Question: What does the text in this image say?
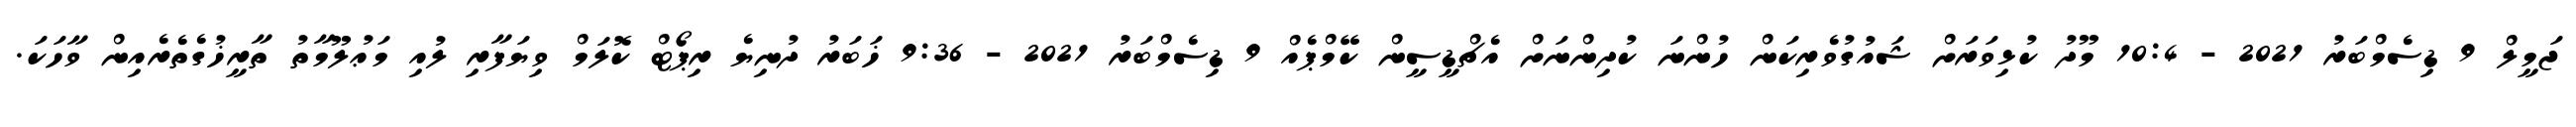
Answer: ޖަމީލް 9 ޑިސެމްބަރު 2021 - 10:4 މޫދު ކުޅިވަރަށް ޝައުގުވެރިކަން ހުންނަ ކުދިންނަށް އެޗްޑީސީން ކޭމްޕެއް 9 ޑިސެމްބަރު 2021 - 9:36 ޚަބަރު ދުނިޔެ ރިޕޯޓް ކޮލަމް ވިޔަފާރި ލުއި މަޢުލޫމާތު ތާރީޚުގެތެރެއިން ވާހަކަ.